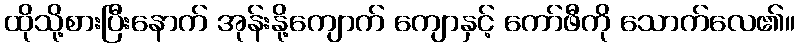
ထိုသို့စားပြီးနောက် အုန်းနို့ကျောက် ကျောနှင့် ကော်ဖီကို သောက်လေ၏။